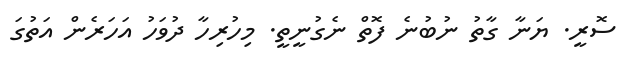
ސޮރީ. ޔަނާ ގާތު ނުބުނެ ފޮތް ނެގުނީތީ. މިހުރިހާ ދުވަހު އަހަރެން އަތުގަ